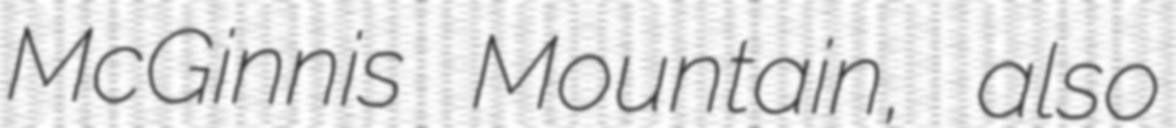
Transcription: McGinnis Mountain, also